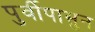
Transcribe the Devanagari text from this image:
पुर्वीपासुन